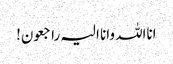
انااللہ وانا الیہ راجعون!